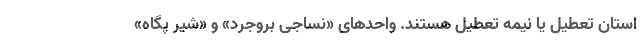
استان تعطیل یا نیمه تعطیل هستند. واحدهای «نساجی بروجرد» و «شیر پگاه»